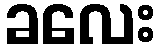
ခလေး